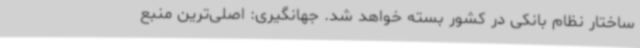
ساختار نظام بانکی در کشور بسته خواهد شد. جهانگیری: اصلی‌ترین منبع